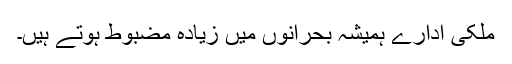
ملکی ادارے ہمیشہ بحرانوں میں زیادہ مضبوط ہوتے ہیں۔